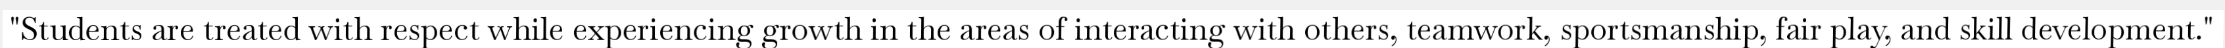
"Students are treated with respect while experiencing growth in the areas of interacting with others, teamwork, sportsmanship, fair play, and skill development."